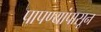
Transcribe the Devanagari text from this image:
पापण्यांपासून